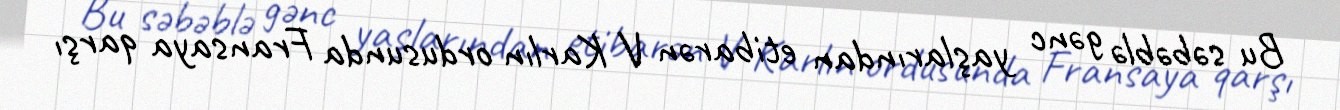
Bu səbəblə gənc yaşlarından etibarən V Karlın ordusunda Fransaya qarşı